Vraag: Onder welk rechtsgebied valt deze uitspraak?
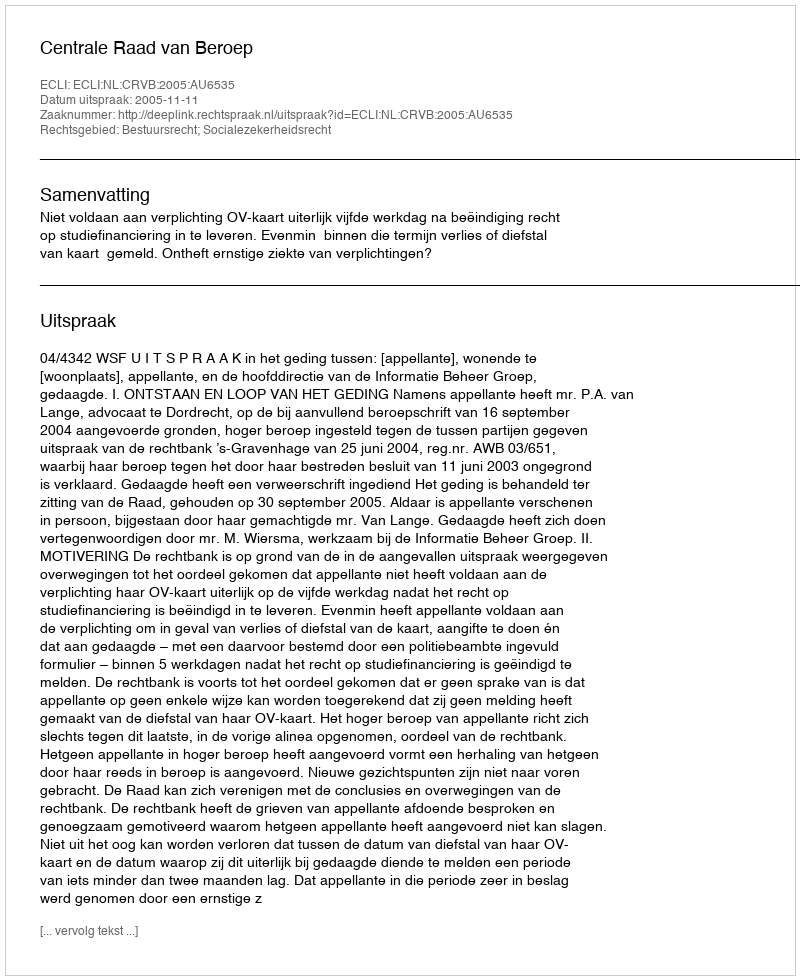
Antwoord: Bestuursrecht; Socialezekerheidsrecht